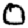
Digit: 0